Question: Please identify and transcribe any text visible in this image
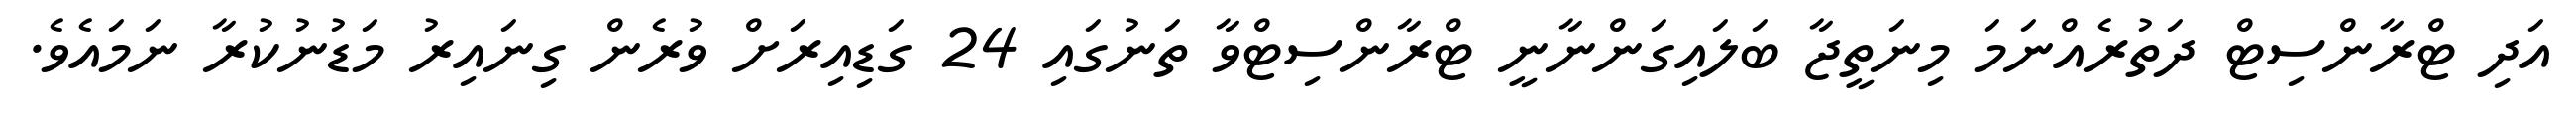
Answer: އަދި ޓްރާންސިޓް ދަތުރެއްނަމަ މިނަތީޖާ ބަލައިގަންނާނީ ޓްރާންސިޓްވާ ތަނުގައި 24 ގަޑިއިރަށް ވުރެން ގިނައިރު މަޑުނުކުރާ ނަމައެވެ.